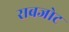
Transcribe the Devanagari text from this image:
राबजोट